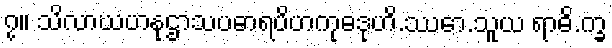
၇။ သိလာဃဟနုဌာသပဓာရပိဟကုဓဒုဟိ.ဿော.သူယ ရာဓိ.က္ခ